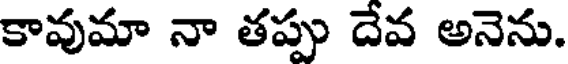
కావుమా నా తప్పు దేవ అనెను.